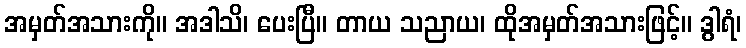
အမှတ်အသားကို။ အဒါသိ၊ ပေးပြီ။ တာယ သညာယ၊ ထိုအမှတ်အသားဖြင့်။ ဒွါရံ၊